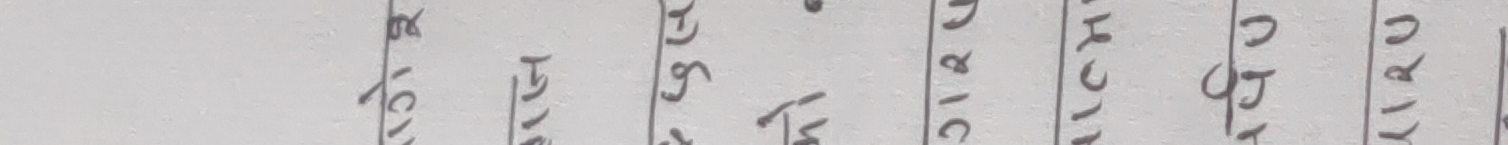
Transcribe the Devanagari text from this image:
घिन् १० भत् कठखुट्ट सामान सिंचाई मिक्रन कागज उदार पुरानु